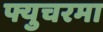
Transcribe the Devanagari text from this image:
फ्युचरमा